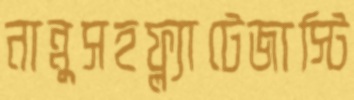
নান্নুসহফ্ল্যাটেজাস্টি